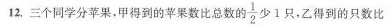
12.三个同学分苹果，甲得到的苹果数比总数的 $$\frac { 1 } { 2 }$$ 少1只，乙得到的只数比